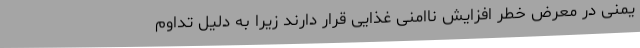
یمنی در معرض خطر افزایش ناامنی غذایی قرار دارند زیرا به دلیل تداوم